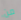
من